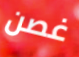
غصن